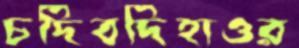
চদিবদিহাওর